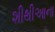
શીથીઆના